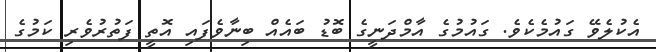
އެކުލެވޭ ގައުމެކެވެ. ގައުމުގެ އާމްދަނީގެ ބޮޑު ބައެއް ބިނާވެފައި އޮތީ ފަތުރުވެރި ކަމުގެ